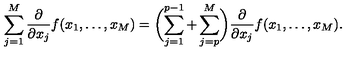
\sum _ { j = 1 } ^ { M } \frac { \partial } { \partial x _ { j } } f ( x _ { 1 } , \dots , x _ { M } ) = \biggl ( \sum _ { j = 1 } ^ { p - 1 } + \sum _ { j = p } ^ { M } \biggr ) \frac { \partial } { \partial x _ { j } } f ( x _ { 1 } , \dots , x _ { M } ) .